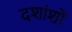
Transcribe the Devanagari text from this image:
दशांशों